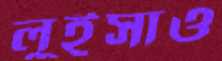
লুইসাও